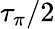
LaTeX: \tau_{\pi}/2